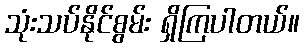
သုံးသပ်နိုင်စွမ်း ရှိကြပါတယ်။